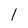
Character: 1